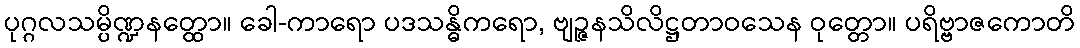
ပုဂ္ဂလသမ္ပိဏ္ဍနတ္ထော။ ခေါ-ကာရော ပဒသန္ဓိကရော, ဗျဉ္ဇနသိလိဋ္ဌတာဝသေန ဝုတ္တော။ ပရိဗ္ဗာဇကောတိ